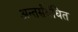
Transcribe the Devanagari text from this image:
अन्तर्संबंधित